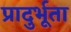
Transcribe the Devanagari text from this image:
प्रादुर्भूता